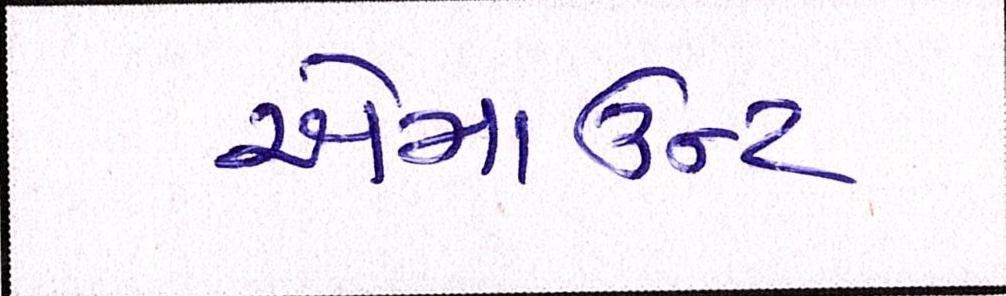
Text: એમાઉન્ટ